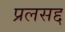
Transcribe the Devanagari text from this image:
प्रलसद्द